Karksi_vallavalitsus, lk 86
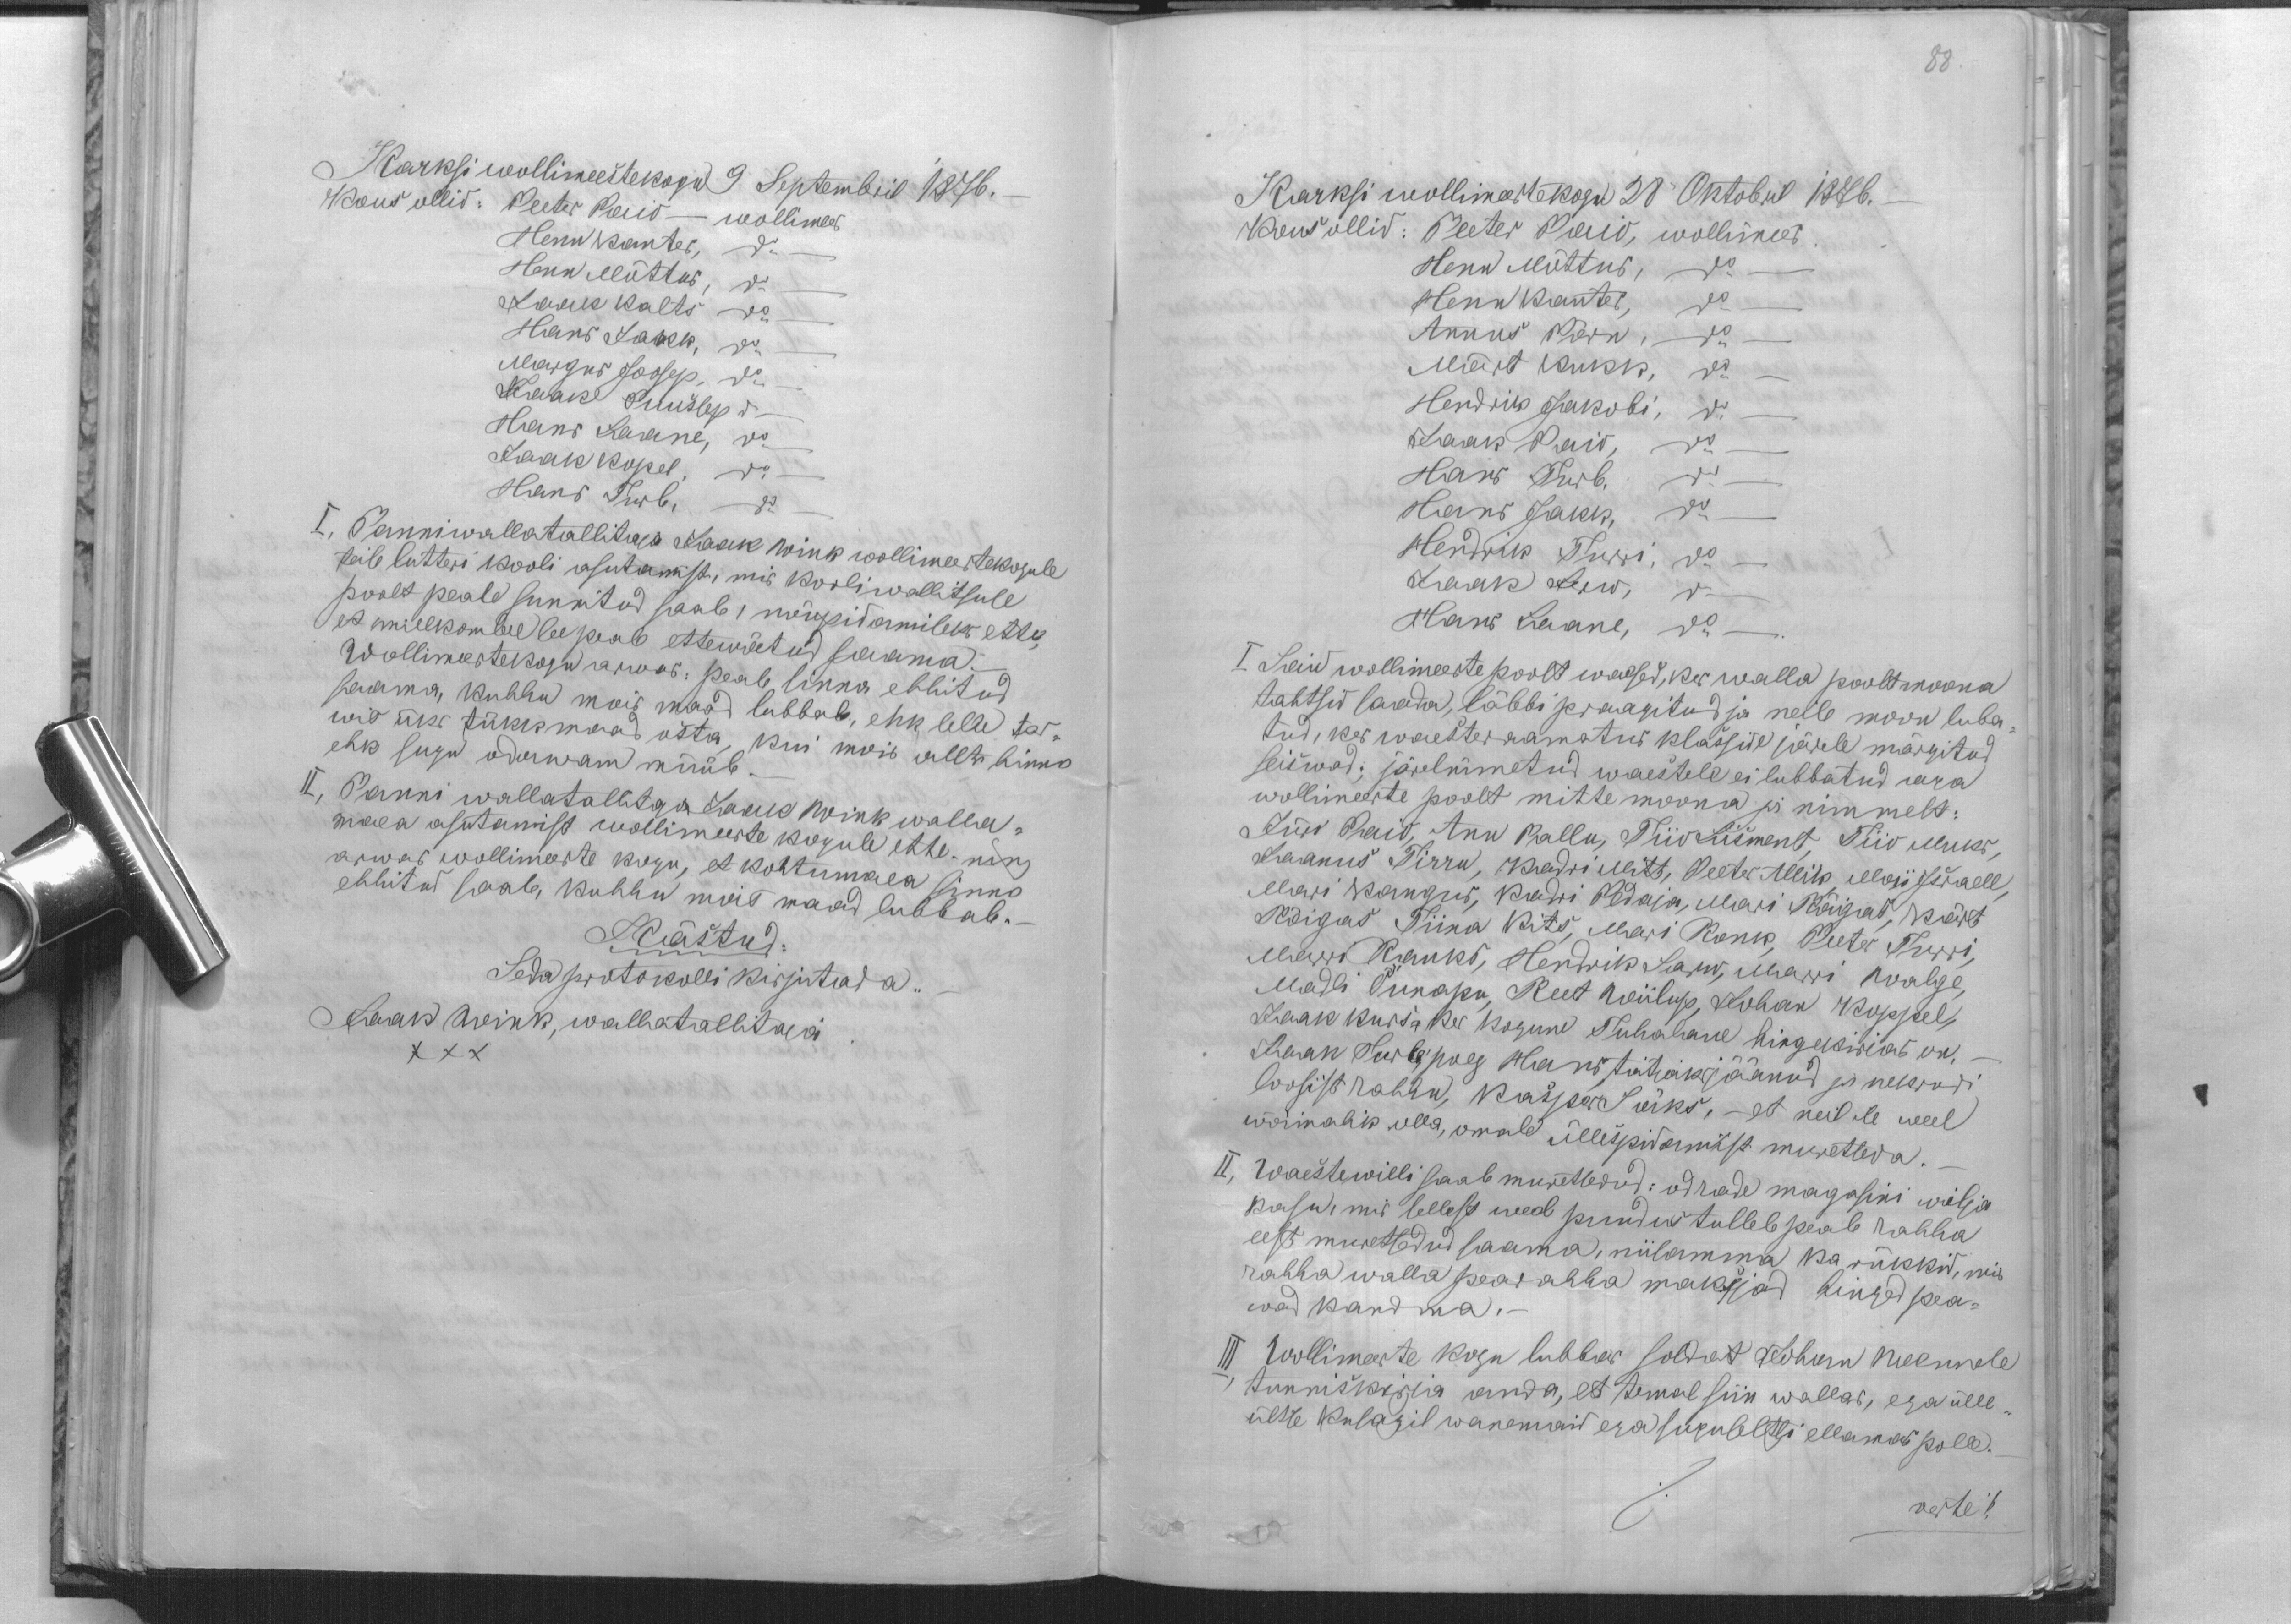
Karksi wollimeestekogu 9 Septembril 1876. -
Kous ollid: Peeter Paio - wollimees
Henn Kanter, do
Henn Mõttus, do
Jaak Kalts do
Hans Jakk, do
Margus Joosep, do
Jaak Puuslep do
Hans Laane, do
Jaak Kopel, do
Hans Turb, do
I. Panni wallatallitaja Jaak Wink wollimeestekogule
teise lutteri kooli asutamist, mis kooliwallitsuse
poolt peale sunnitud saab, nõupidamiseks ette,
et millkombel see peab ettewõetud saama.-
Wollimeestekogu arwas: peab sinna ehhitud
saama, kuhhu mois maad lubbab, ehk selle tar-
wis üks tükk maad osta, kui mois allt hinna
ehk sugu odawam müüb.
II, Panni wallatallitaja Jaak Wink walla-
maea asutamist wollimeeste kogule ette. ning
arwas wollimeste kogu, et kohtumaea sinno
ehhitud saab, kuhhu mois maad lubbab.-
Kästud:
Seda protokolli kirjutada.
Jaak Wink, wallatallitaja
XXX

88.
Karksi wollimeestekogu 28" Oktobril 1876.
Kous ollid: Peeter Paio, wollimees
Henn Mõttus, do
Henn Kantes, do
Annus Pärn, do
Märt Kukk, do
Hendrik Jakobi, do
Jaak Paio, do
Hans Turb. do
Hans Jakk, do
Hendrik Turri, do
Jaak Jerw, do
Hans Laane, do.
I. Said wollimeeste poolt waesed, kes walla poolt moona
tahtsid saada, läbbi praagitud ja neile moon luba
tud, kes waesteraamatus klasside järele märgitud
seiswad; järelnimetud waestele ei lubbatud aga
wollimeeste poolt mitte moona ja nimmelt:
Jüri Paio, Ann Pallu, Tiiu Liisment, Tiiu Muks,
Jaanus Tirru, Kadri Mitt, Peeter Allik, Mari Israell,
Mari Kangur, Kadri Pedaja, Mari Rõigas, Kärt
Rõigas Tiina Kits, Mari Ronk, Peeter Turri,
Marri Rauks, Hendrik Sarw, Marri Walge,
Madli Õunapu, Reet Wiilup, Johan Koppel,
Jaak Kursa kes kogune Tuhalane hingekirias on. -
Jaan Surle poeg Hans toitjaks jäänud ja nekrudi
loosist rahhu, Kasper Säks, - et neil ole weel
wõimalik olla, omale üllespidamist muretseda.
II, Waestewilli saab muretsedud: odrade magasini wilja
kasu, mis sellest weel puudus tulleb peab rahha
eest muretsedud saama, niisamma ka rükkid, mis
rahha walla pearahha maksjad hinged pea-
wad kandma.-
III, Wollimeeste kogu lubbas soldat Johan Neemele
tunniskirja anda, et temal siin wallas, ega ülle-
ültse kusagil wanemaid ega suguseltsi ellamas polle.
verte %